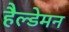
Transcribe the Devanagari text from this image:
हैल्डेमन